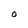
Character: O